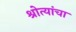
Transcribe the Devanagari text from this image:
श्रोत्यांचा